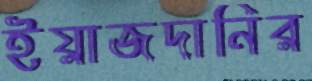
ইয়াজদানির